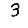
Digit: 3